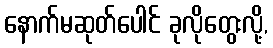
နောက်မဆုတ်ပေါင် ခုလိုတွေးလို့,